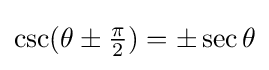
\csc(\theta \pm {\tfrac {\pi }{2}})=\pm \sec \theta